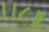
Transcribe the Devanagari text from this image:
।।८॥